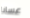
عسانا